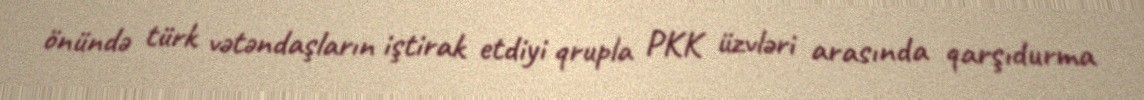
önündə türk vətəndaşların iştirak etdiyi qrupla PKK üzvləri arasında qarşıdurma